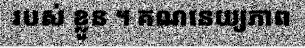
របស់ ខ្លួន ។ គណនេយ្យភាព